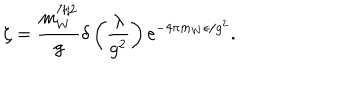
\zeta = \frac { m _ { W } ^ { 7 / 2 } } { g } \delta \left( \frac { \lambda } { g ^ { 2 } } \right) \mathrm { e } ^ { - 4 \pi m _ { W } \epsilon / g ^ { 2 } } .